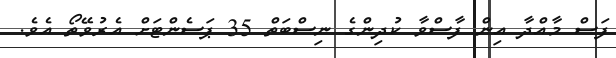
ފަސް މާއްދާ އިން ފާސްވާ ކުދިންގެ ނިސްބަތް 35 ޕަސެންޓަށް އެރުވޭތޯ އެވެ.